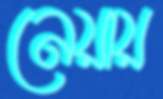
নেয়ায়